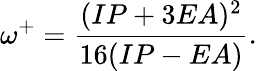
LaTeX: \omega^{+}=\frac{(IP+3EA)^{2}}{16(IP-EA)}.